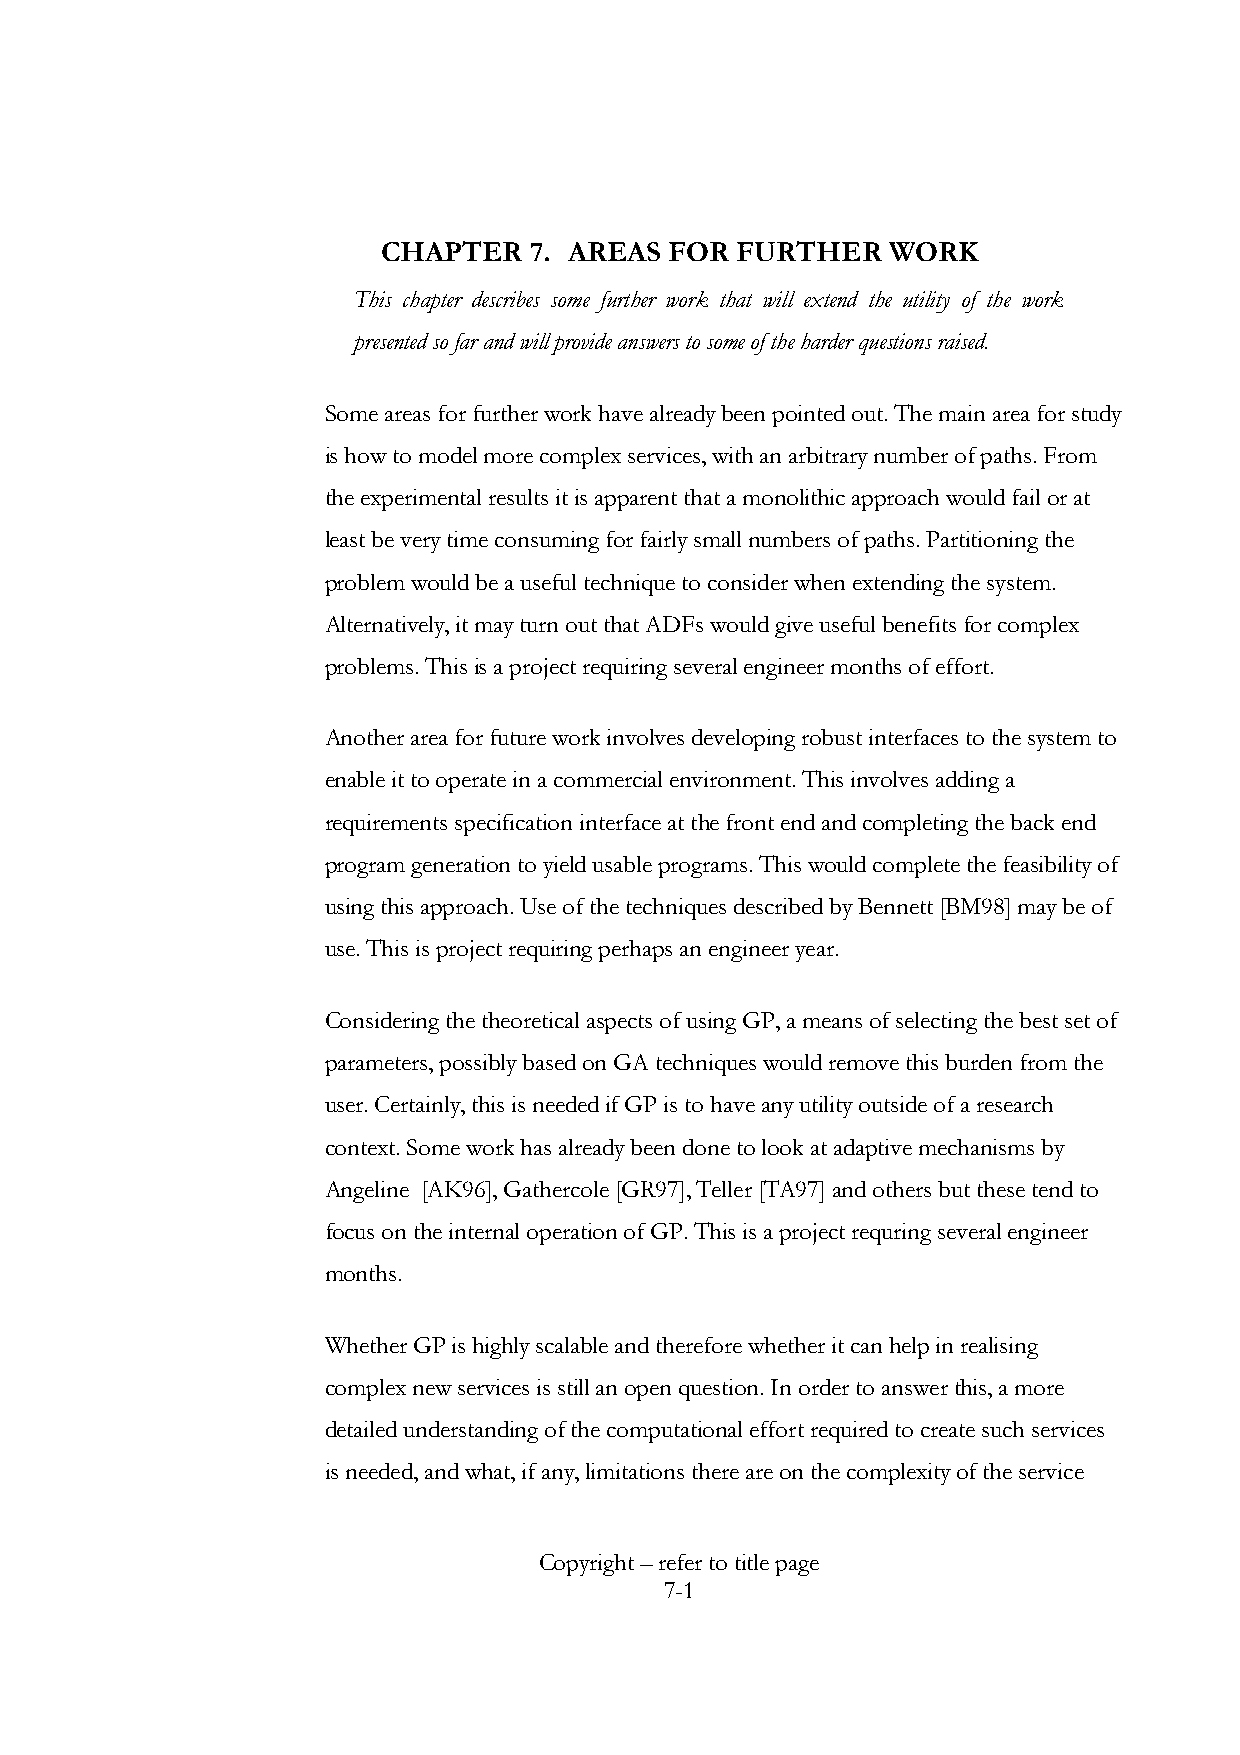
CHAPTER   7. AREAS FOR  FURTHER   WORK
 This chapter describes some further work that will extend the utility of the work
 presented so far and will provide answers to some of the harder questions raised.
 Some areas for further work have already been pointed out. The main area for study
 is how to model more complex services, with an arbitrary number of paths. From
 the experimental results it is apparent that a monolithic approach would fail or at
 least be very time consuming for fairly small numbers of paths. Partitioning the
 problem would be a useful technique to consider when extending the system.
 Alternatively, it may turn out that ADFs would give useful benefits for complex
 problems. This is a project requiring several engineer months of effort.
 Another area for future work involves developing robust interfaces to the system to
 enable it to operate in a commercial environment. This involves adding a
 requirements specification interface at the front end and completing the back end
 program generation to yield usable programs. This would complete the feasibility of
 using this approach. Use of the techniques described by Bennett [BM98] may be of
 use. This is project requiring perhaps an engineer year.
 Considering the theoretical aspects of using GP, a means of selecting the best set of
 parameters, possibly based on GA techniques would remove this burden from the
 user. Certainly, this is needed if GP is to have any utility outside of a research
 context. Some work has already been done to look at adaptive mechanisms by
 Angeline [AK96], Gathercole [GR97], Teller [TA97] and others but these tend to
 focus on the internal operation of GP. This is a project requring several engineer
 months.
 Whether GP is highly scalable and therefore whether it can help in realising
 complex new services is still an open question. In order to answer this, a more
 detailed understanding of the computational effort required to create such services
 is needed, and what, if any, limitations there are on the complexity of the service
 Copyright – refer to title page
 7-1